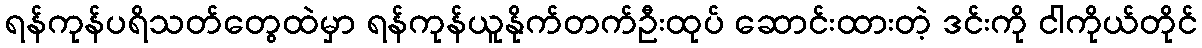
ရန်ကုန်ပရိသတ်တွေထဲမှာ ရန်ကုန်ယူနိုက်တက်ဦးထုပ် ဆောင်းထားတဲ့ ဒင်းကို ငါကိုယ်တိုင်